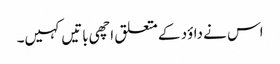
اس نے داؤد کے متعلق اچھی باتیں کہیں۔